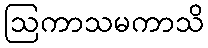
ဩကာသမကာသိ